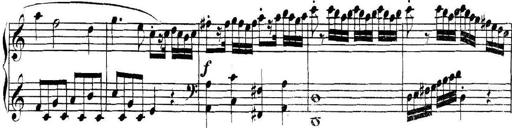
Title: Collected Piano Sonatas
Composer: Muzio Clementi